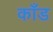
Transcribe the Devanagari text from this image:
काँड